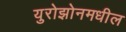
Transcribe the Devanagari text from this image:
युरोझोनमधील